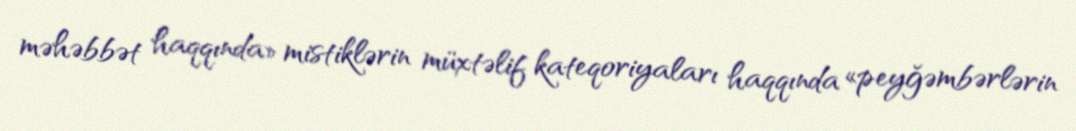
məhəbbət haqqında» mistiklərin müxtəlif kateqoriyaları haqqında «peyğəmbərlərin